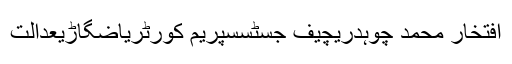
افتخار محمد چوہدریچیف جسٹسسپریم کورٹریاضگاڑیعدالت